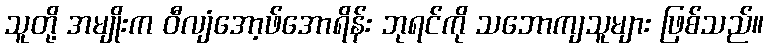
သူတို့ အမျိုးက ဝီလျံအော့ဖ်အောရိန်း ဘုရင်ကို သဘောကျသူများ ဖြစ်သည်။